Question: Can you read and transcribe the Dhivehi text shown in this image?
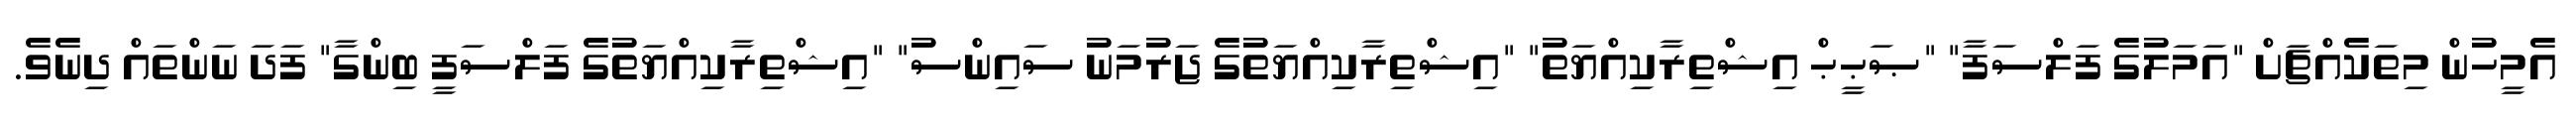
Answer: އެމީހުން މިތަކެއްޗަށް "އަމަލުގެ ފަލްސަފާ" "ޞަޙީޙް އިޝްތިރާކިއްޔަތު" "އިޝްތިރާކިއްޔަތުގެ ޖަރުމަނު ސައިންސު" "އިޝްތިރާކިއްޔަތުގެ ފަލްސަފީ ބިންގާ" ފަދަ ނަންތައް ދިނެވެ.